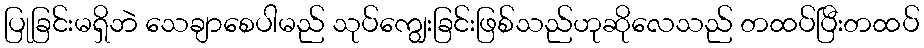
ပြုခြင်းမရှိဘဲ သေချာစေပါမည် သုပ်ကျွေးခြင်းဖြစ်သည်ဟုဆိုလေသည် တထပ်ပြီးတထပ်